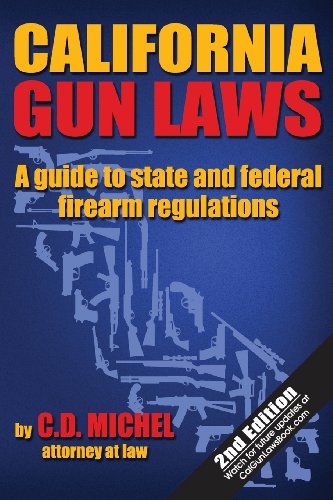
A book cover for California Gun Laws; Chuck D. Michel; Law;